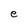
Character: e